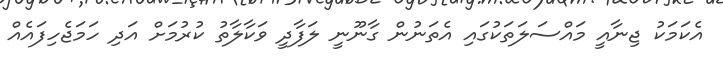
އެކަމަކު ޖިނާއީ މައްސަލަތަކުގައި އެތަނުން ގާނޫނީ ލަފާދީ ވަކާލާތު ކުރުމަށް އަދި ހަމަޖެހިފައެއް